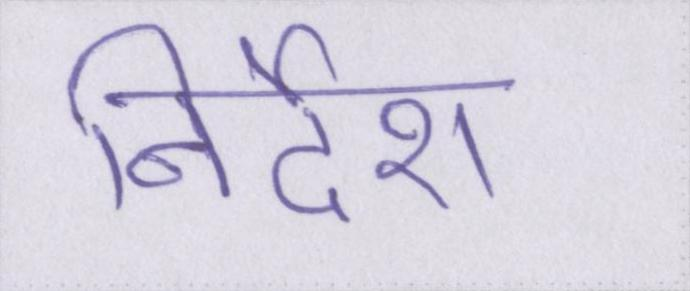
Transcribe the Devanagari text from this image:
निर्देश